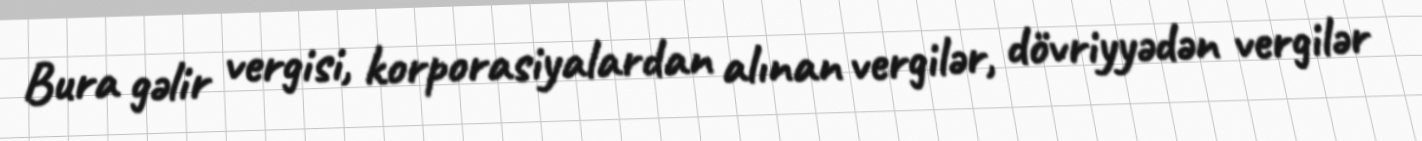
Bura gəlir vergisi, korporasiyalardan alınan vergilər, dövriyyədən vergilər